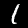
Digit: 1